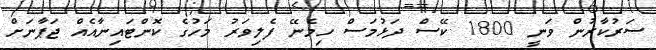
ސަރުކާރުން ވަނީ 1800 ކޭސް ދަޅުމަސް ހިމެނޭ ފެލިވަރު މަހުގެ ކޮންޓައިނާއެއް ޖަޕާނަށް